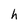
Character: h